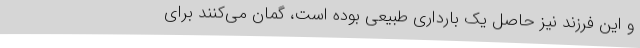
و این فرزند نیز حاصل یک بارداری طبیعی بوده است، گمان می‌کنند برای